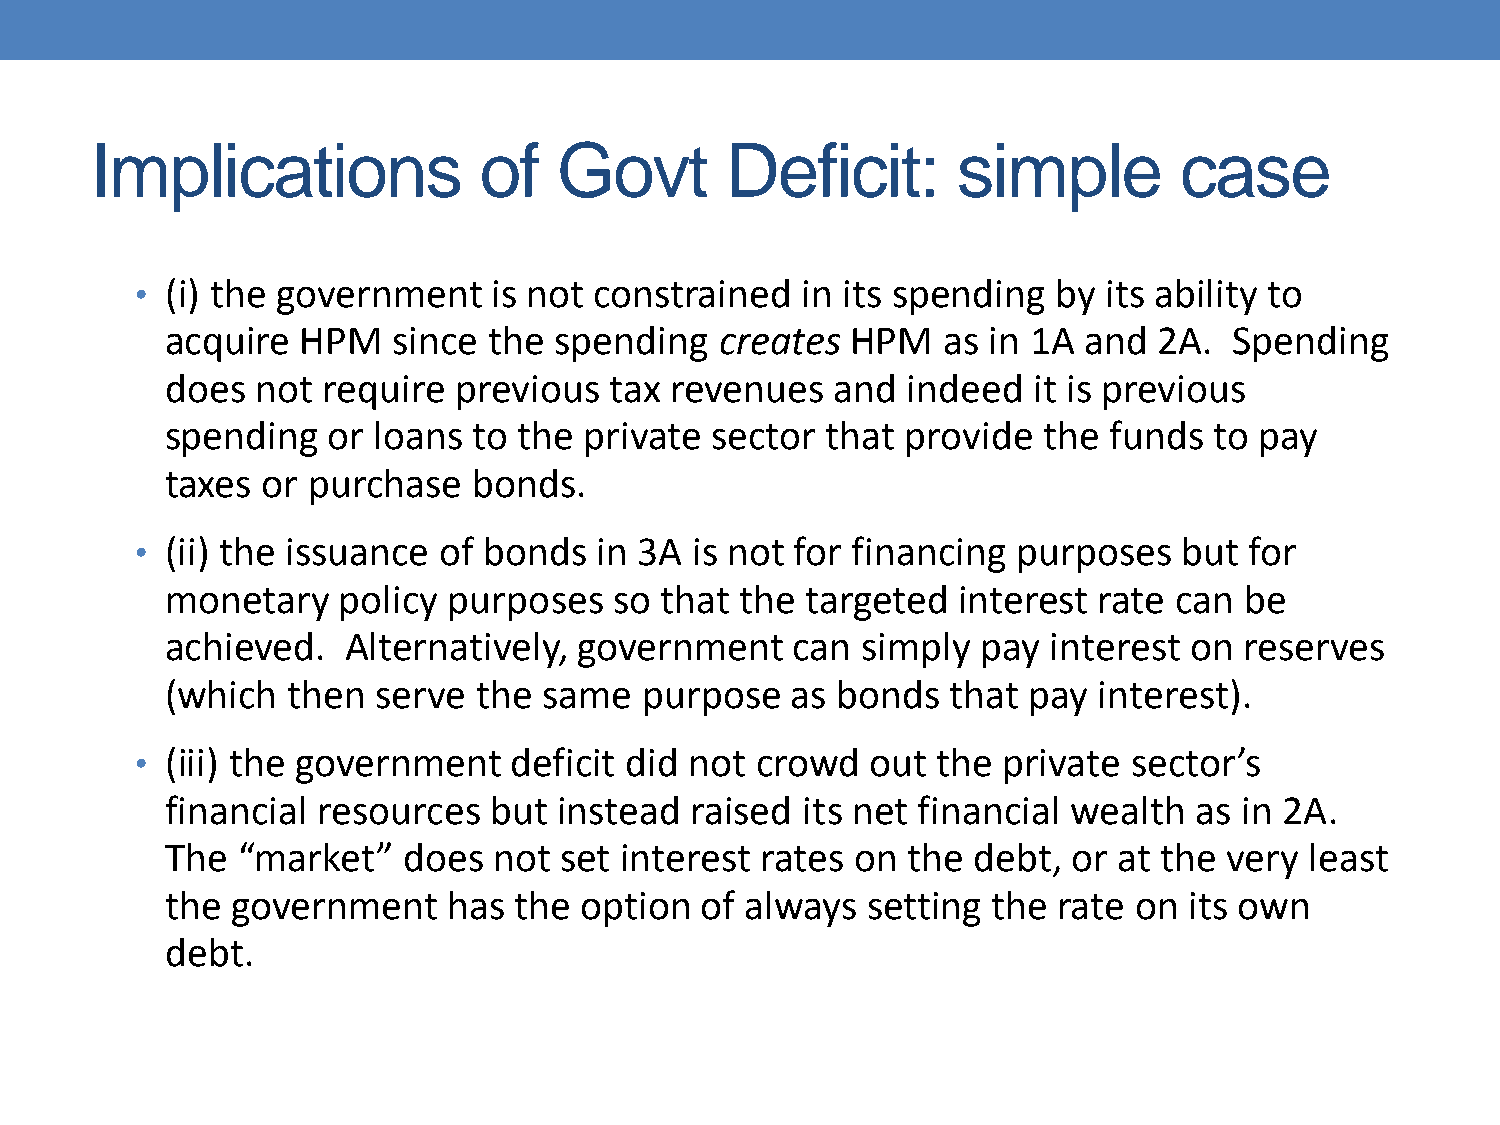
Implications              of   Govt       Deficit:       simple         case
 • (i) the government    is not constrained  in its spending  by its ability to
 acquire  HPM   since the  spending   creates HPM   as in 1A  and  2A.  Spending
 does  not require  previous  tax revenues   and  indeed  it is previous
 spending   or loans to the  private sector  that provide  the funds  to pay
 taxes or purchase   bonds.
 • (ii) the issuance of bonds  in 3A  is not for financing purposes   but  for
 monetary   policy  purposes   so that the targeted  interest  rate can be
 achieved.   Alternatively, government     can simply  pay  interest on reserves
 (which  then  serve  the same   purpose  as bonds   that pay  interest).
 • (iii) the government   deficit did not crowd   out the private  sector’s
 financial resources  but  instead  raised its net financial wealth  as in 2A.
 The  “market”   does  not set interest rates  on the debt,  or at the very  least
 the government     has the option  of always  setting  the rate on  its own
 debt.